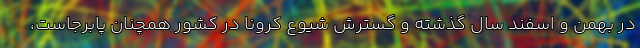
در بهمن و اسفند سال گذشته و گسترش شیوع کرونا در کشور همچنان پابرجاست،